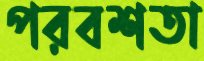
পরবশতা